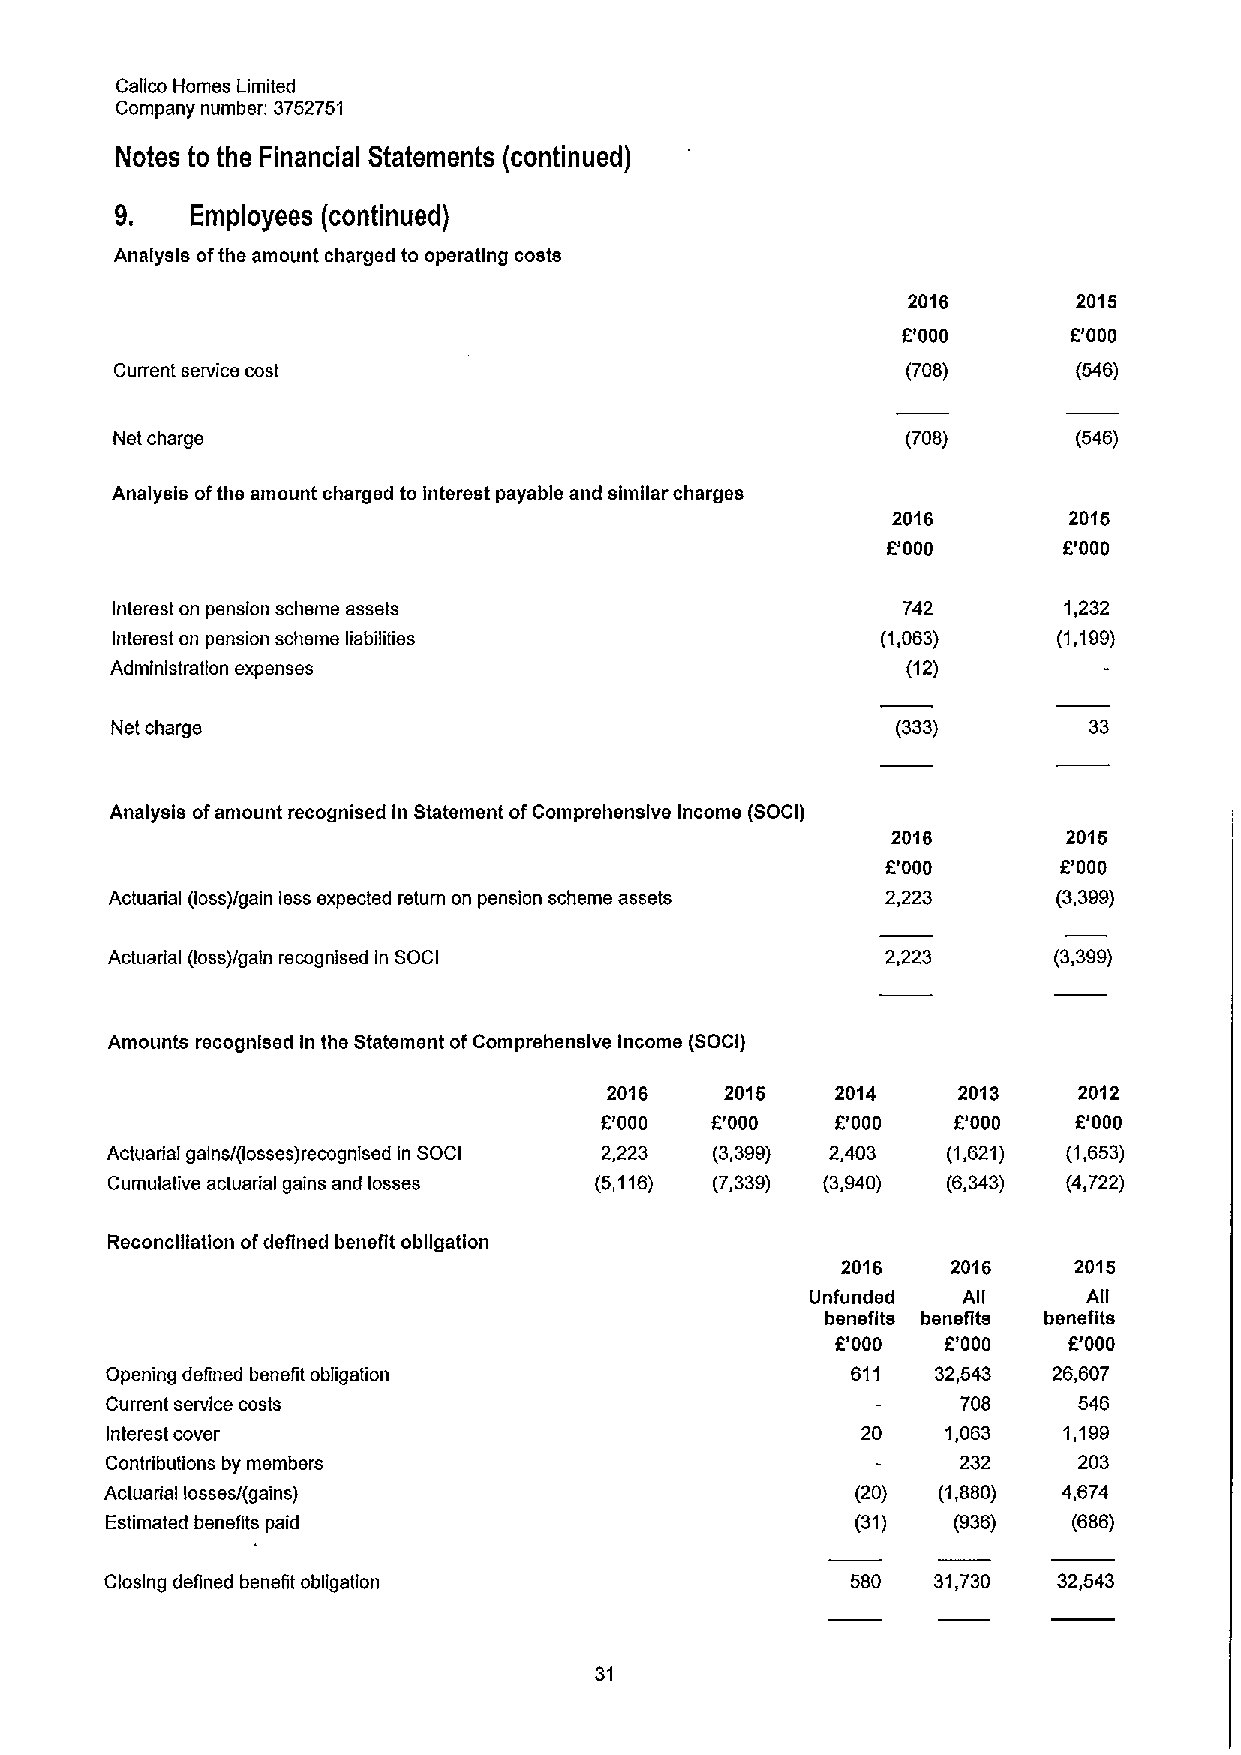
Calico Homes Limited
 Company number: 3752751
 Notes to the Financial Statements (continued)
 9.   Employees (continued)
 Analysis ofthe amount charged to operating costs
 2016       2015
 F'000      E'000
 Current service cost                                (708)      (546)
 Net charge                                           (708)      (546)
 Analysis ofthe amount charged to Interest payable and similar charges
 2016        2016
 000       E'000
 Interest on pension scheme assets                    742       1,232
 Interest on pension scheme liabilities             (1,063)     (1,199)
 Administration expenses                              (12)
 Net charge                                          (333)        33
 Analysis ofamount recognised in Statement ofComprehensive Income (SOCI)
 2016        2015
 f.'000     F'000
 Actuarial goes)/gain less expected return on pension scheme assets 2,223 (3,399)
 Actuarial (loss)/gain recognised in SOCI            2,223      (3,399)
 Amounts recognised In the Statement ofComprehensive Income (SOCI)
 2016    2016   2014    2013    2012
 f.'000 f.'000  E'000   E'000   E'000
 Actuarial gains/(losses)recognised in SOCI 2,223 (3,399) 2,403 (1,621) (1,653)
 Cumulative actuarial gains and losses (5,116) (7,339) (3,940) (6,343) (4,722)
 Reconciliation ofdefined benefit obligation
 2016   2016    2015
 Unfunded  AII     AII
 benefits benefits benefits
 E'000   E'000   F'000
 Opening defined benefit obligation               611   32,543  26,607
 Current service costs                                    708    546
 Interest cover                                    20    1,063  1,199
 Contributions by members                                 232    203
 Actuarial losses/(gains)                          (20) (1,880) 4,674
 Estimated benefits paid                           (31)  (936)   (686)
 Closing defined benefit obligation               580   31,730  32,543
 31